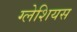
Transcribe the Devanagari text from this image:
ग्लेशियस